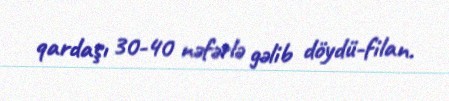
qardaşı 30-40 nəfərlə gəlib döydü-filan.